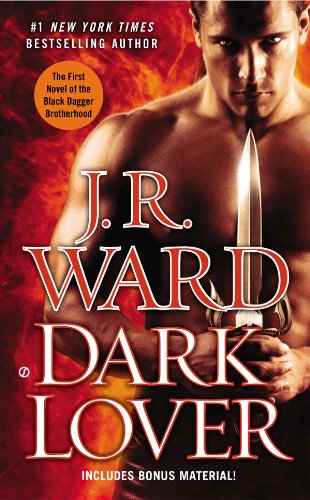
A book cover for Dark Lover: The First Novel of the Black Dagger Brotherhood; J.R. Ward; Romance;